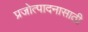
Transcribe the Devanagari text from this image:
प्रजोत्पादनासाठी